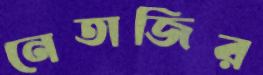
নেতাজির